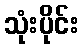
သုံးပိုင်း